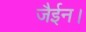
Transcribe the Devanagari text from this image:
जैईन।